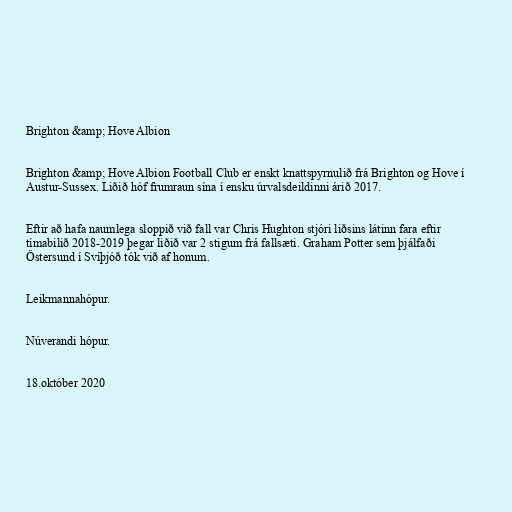
Brighton &amp; Hove Albion

Brighton &amp; Hove Albion Football Club er enskt knattspyrnulið frá Brighton og Hove í
Austur-Sussex. Liðið hóf frumraun sína í ensku úrvalsdeildinni árið 2017.

Eftir að hafa naumlega sloppið við fall var Chris Hughton stjóri liðsins látinn fara eftir
tímabilið 2018-2019 þegar liðið var 2 stigum frá fallsæti. Graham Potter sem þjálfaði
Östersund í Svíþjóð tók við af honum.

Leikmannahópur.

Núverandi hópur.

18.október 2020